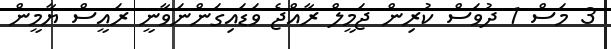
3 މަސް 1 ދުވަސް ކުރިން ޖަމީލް ރާއްޖެ ވަޑައިގަންނަވާނީ ރައީސް ޔާމީން